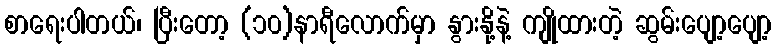
စာရေးပါတယ်၊ ပြီးတော့ (၁၀)နာရီလောက်မှာ နွားနို့နဲ့ ကျိုထားတဲ့ ဆွမ်းပျော့ပျော့